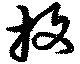
放